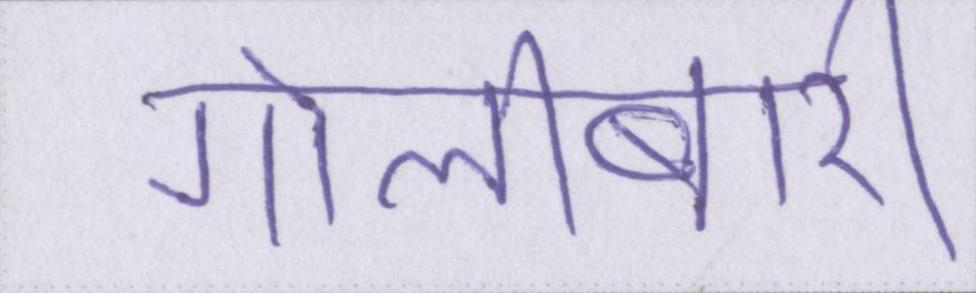
गोलीबारी